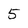
Character: 5